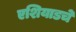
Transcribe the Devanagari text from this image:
एशियाडचे